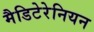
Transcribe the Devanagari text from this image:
मैडिटेरेनियन